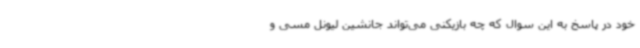
خود در پاسخ به این سوال که چه بازیکنی می‌تواند جانشین لیونل مسی و